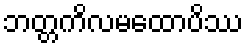
ဘတ္တကိလမထောပိဿ